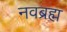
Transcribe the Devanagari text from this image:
नवब्रह्म